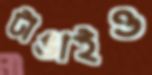
টাঙাইও